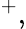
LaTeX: ^{+},